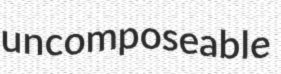
uncomposeable